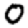
Digit: 0